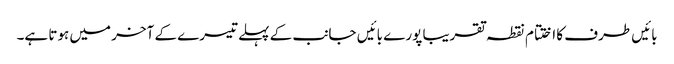
بائیں طرف کا اختتام نقطہ تقریبا پورے بائیں جانب کے پہلے تیسرے کے آخر میں ہوتا ہے۔